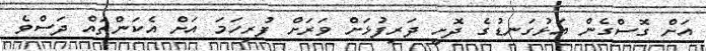
އަށް ގޮސްގެން އަޅުގަނޑުގެ ދޮށީ ދަރިފުޅަށް ވަރަށް ފުރިހަމަ އަށް އެކަންތައް ދަސްވެ